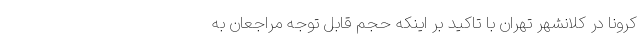
کرونا در کلانشهر تهران با تاکید بر اینکه حجم قابل توجه مراجعان به